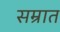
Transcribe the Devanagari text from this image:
सम्रात